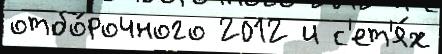
отбо́рочного 2012 и с'ет'я́х